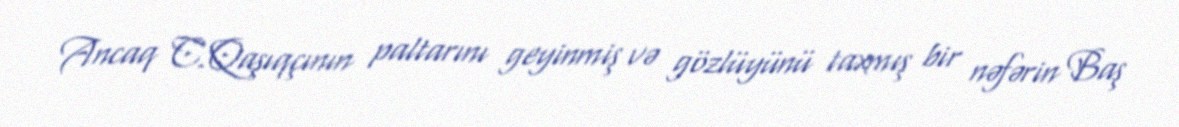
Ancaq C.Qaşıqçının paltarını geyinmiş və gözlüyünü taxmış bir nəfərin Baş